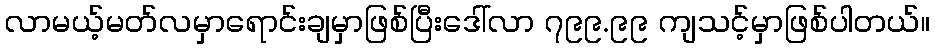
လာမယ့်မတ်လမှာရောင်းချမှာဖြစ်ပြီးဒေါ်လာ ၇၉၉.၉၉ ကျသင့်မှာဖြစ်ပါတယ်။